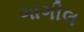
ગાગીલ